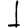
Digit: 1